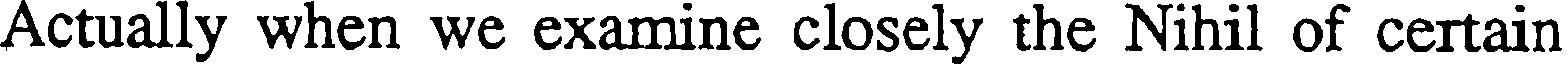
Actually when we examine closely the Nihil of certain